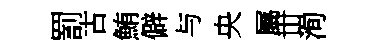
罰古鮪僻与央屬丗洵